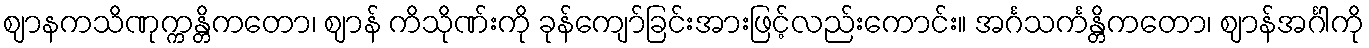
ဈာနကသိဏုက္ကန္တိကတော၊ ဈာန် ကိသိုဏ်းကို ခုန်ကျော်ခြင်းအားဖြင့်လည်းကောင်း။ အင်္ဂသင်္ကန္တိကတော၊ ဈာန်အင်္ဂါကို